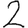
Digit: 2